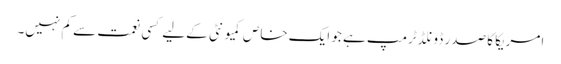
امریکا کا صدر ڈونلڈ ٹرمپ ہے جو ایک خاص کمیو نٹی کےلیے کسی نعمت سے کم نہیں۔